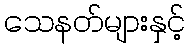
သေနတ်များနှင့်